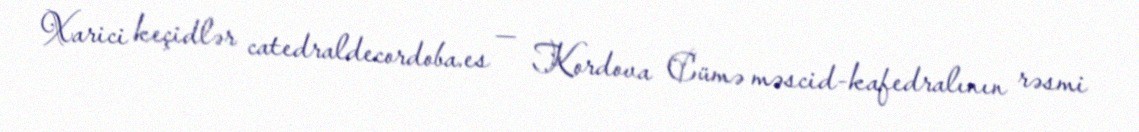
Xarici keçidlər catedraldecordoba.es — Kordova Cümə məscid-kafedralının rəsmi